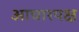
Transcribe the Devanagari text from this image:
आचारपक्ष